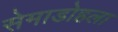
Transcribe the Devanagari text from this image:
सेमाडोहला